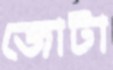
জোটা